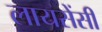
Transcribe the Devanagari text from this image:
लायसेंसी